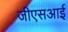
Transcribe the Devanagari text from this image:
जीएसआई